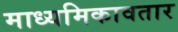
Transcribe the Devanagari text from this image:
माध्यमिकावतार